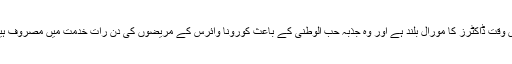
اس وقت ڈاکٹرز کا مورال بلند ہے اور وہ جذبہ حب الوطنی کے باعث کورونا وائرس کے مریضوں کی دن رات خدمت میں مصروف ہیں۔